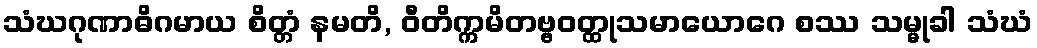
သံဃဂုဏာဓိဂမာယ စိတ္တံ နမတိ, ဝီတိက္ကမိတဗ္ဗဝတ္ထုသမာယောဂေ စဿ သမ္မုခါ သံဃံ